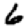
Digit: 6